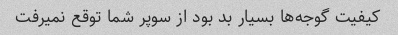
کیفیت گوجه‌ها بسیار بد بود از سوپر شما توقع نمیرفت